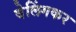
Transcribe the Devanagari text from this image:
वेलिंगकर